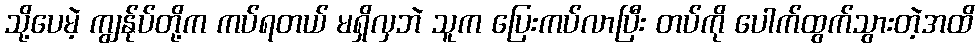
သို့ပေမဲ့ ကျွန်ုပ်တို့က ကပ်ရတယ် မရှိလှဘဲ သူက ပြေးကပ်လာပြီး တပ်ကို ပေါက်ထွက်သွားတဲ့အထိ